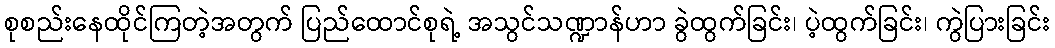
စုစည်းနေထိုင်ကြတဲ့အတွက် ပြည်ထောင်စုရဲ့ အသွင်သဏ္ဍာန်ဟာ ခွဲထွက်ခြင်း၊ ပဲ့ထွက်ခြင်း၊ ကွဲပြားခြင်း